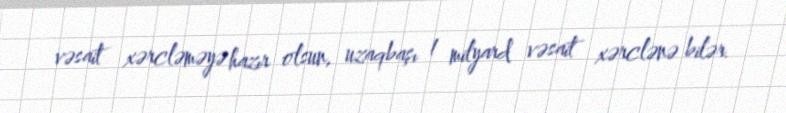
vəsait xərcləməyə hazır olsun, uzaqbaşı 1 milyard vəsait xərclənə bilər.